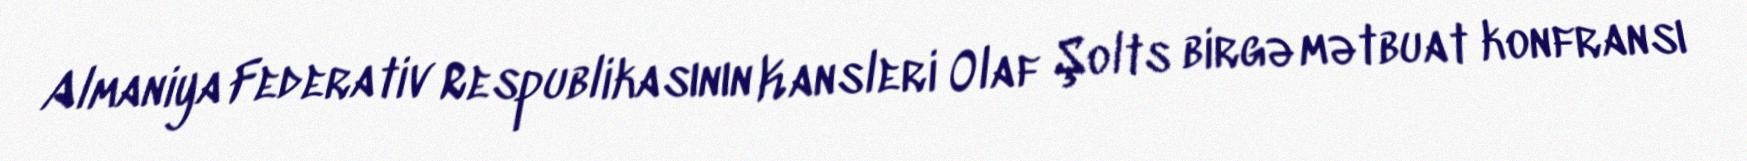
Almaniya Federativ Respublikasının Kansleri Olaf Şolts birgə mətbuat konfransı